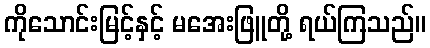
ကိုသောင်းမြင့်နှင့် မအေးဖြူတို့ ရယ်ကြသည်။